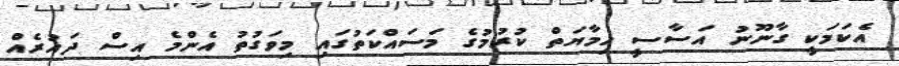
އެކަމަކީ ގާނޫނު އަސާސީ ހިމާޔަތް ކުރުމުގެ މަސައްކަތުގައި މިވަގުތު އެންމެ އިސް ދައުރެއް